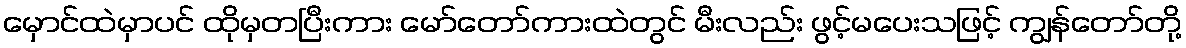
မှောင်ထဲမှာပင် ထိုမှတပြီးကား မော်တော်ကားထဲတွင် မီးလည်း ဖွင့်မပေးသဖြင့် ကျွန်တော်တို့